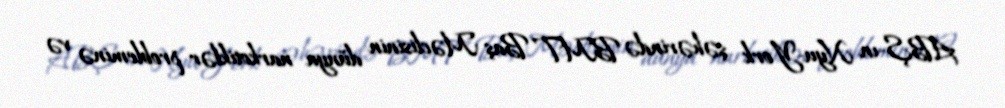
ABŞ-ın Nyu-York şəhərində BMT Baş Məclisinin dünya narkotiklər probleminə və